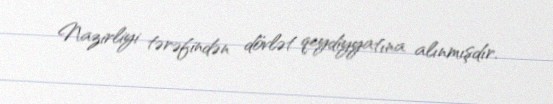
Nazirliyi tərəfindən dövlət qeydiyyatına alınmışdır.